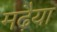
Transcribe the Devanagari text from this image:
मढ़ैया